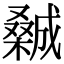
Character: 𣜽